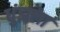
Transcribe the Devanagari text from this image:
धुंझला